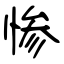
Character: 惨